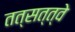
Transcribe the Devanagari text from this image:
तत्सत्त्वे